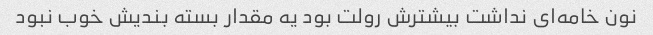
نون خامه‌ای نداشت بیشترش رولت بود یه مقدار بسته بندیش خوب نبود